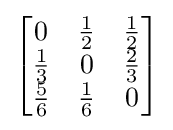
{\begin{bmatrix}0&{\frac {1}{2}}&{\frac {1}{2}}\\{\frac {1}{3}}&0&{\frac {2}{3}}\\{\frac {5}{6}}&{\frac {1}{6}}&0\end{bmatrix}}